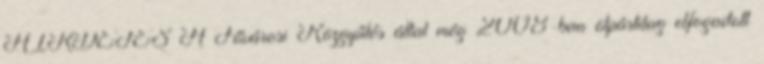
HIRDETÉS A Fővárosi Közgyűlés által még 2008-ban ötpártilag elfogadott